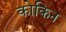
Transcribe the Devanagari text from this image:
कोकिन